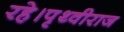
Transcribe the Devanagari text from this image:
रहे।पृथ्वीराज